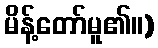
မိန့်တော်မူ၏။)